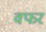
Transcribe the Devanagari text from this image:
वफर